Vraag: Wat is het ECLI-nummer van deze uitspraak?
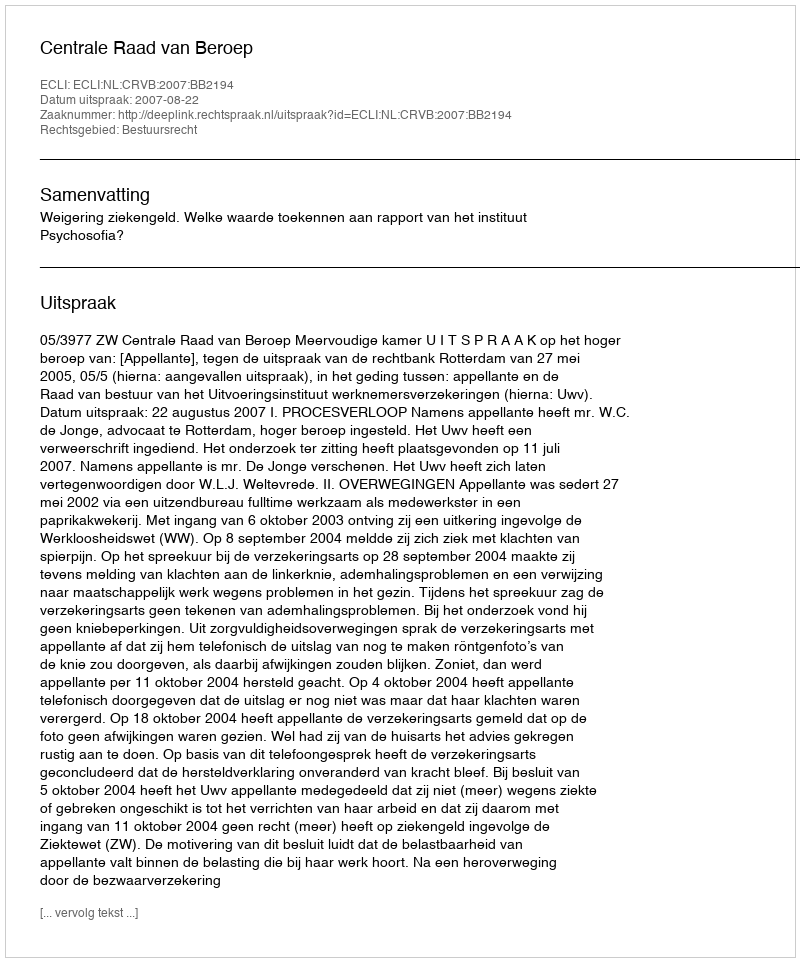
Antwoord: ECLI:NL:CRVB:2007:BB2194